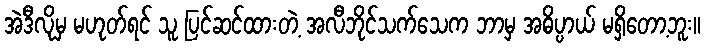
အဲဒီလိုမှ မဟုတ်ရင် သူ ပြင်ဆင်ထားတဲ့ အလီဘိုင်သက်သေက ဘာမှ အဓိပ္ပာယ် မရှိတော့ဘူး။